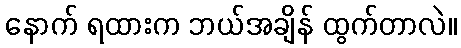
နောက် ရထားက ဘယ်အချိန် ထွက်တာလဲ။